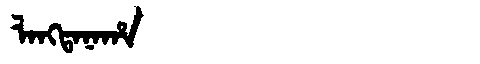
Manchu: ᠯᠠᠩᡨᠠᠨᠠᡥᠠ
Romanization: LANGTANAHA